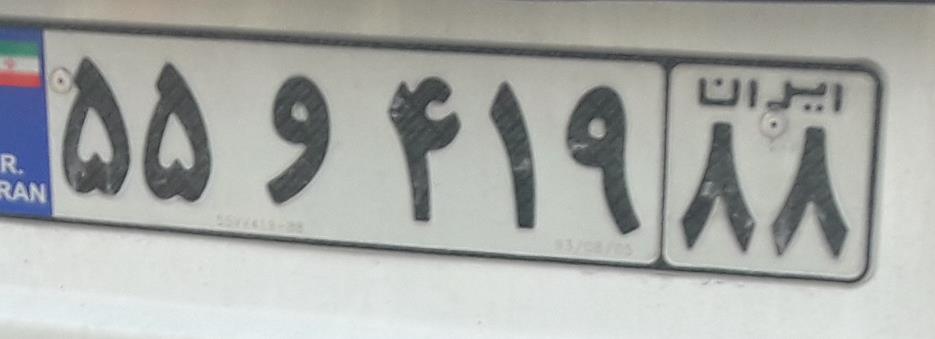
۵۵و۴۱۹۸۸